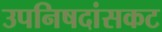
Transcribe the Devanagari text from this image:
उपनिषदांसकट